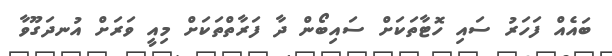
ބައެއް ފަހަރު ސައި ހޮޓާތަކަށް ސައިބޯން ދާ ފަރާތްތަކަށް މިއީ ވަރަށް އުނދަގޫވާ